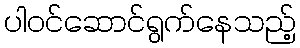
ပါဝင်ဆောင်ရွက်နေသည့်